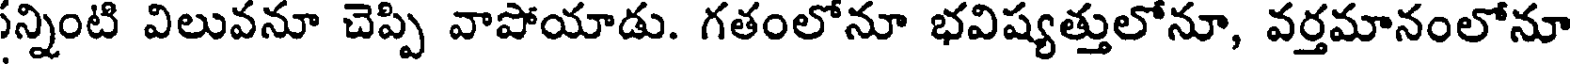
సన్నింటి విలువనూ చెప్పి వాపోయాడు. గతంలోనూ భవిష్యత్తులోనూ, వర్తమానంలోనూ